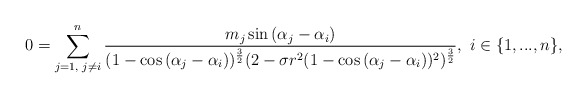
\begin{align*} 0=\sum\limits_{j=1,\textrm{ }j\neq i}^{n}\frac{m_{j}\sin{(\alpha_{j}-\alpha_{i})}}{(1-\cos{(\alpha_{j}-\alpha_{i})})^{\frac{3}{2}}(2-\sigma r^{2}(1-\cos{(\alpha_{j}-\alpha_{i})})^{2})^{\frac{3}{2}}},\textrm{ }i\in\{1,...,n\}, \end{align*}